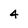
Character: 4